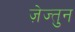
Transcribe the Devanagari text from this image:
ज़ेज्तुन